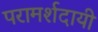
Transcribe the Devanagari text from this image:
परामर्शदायी